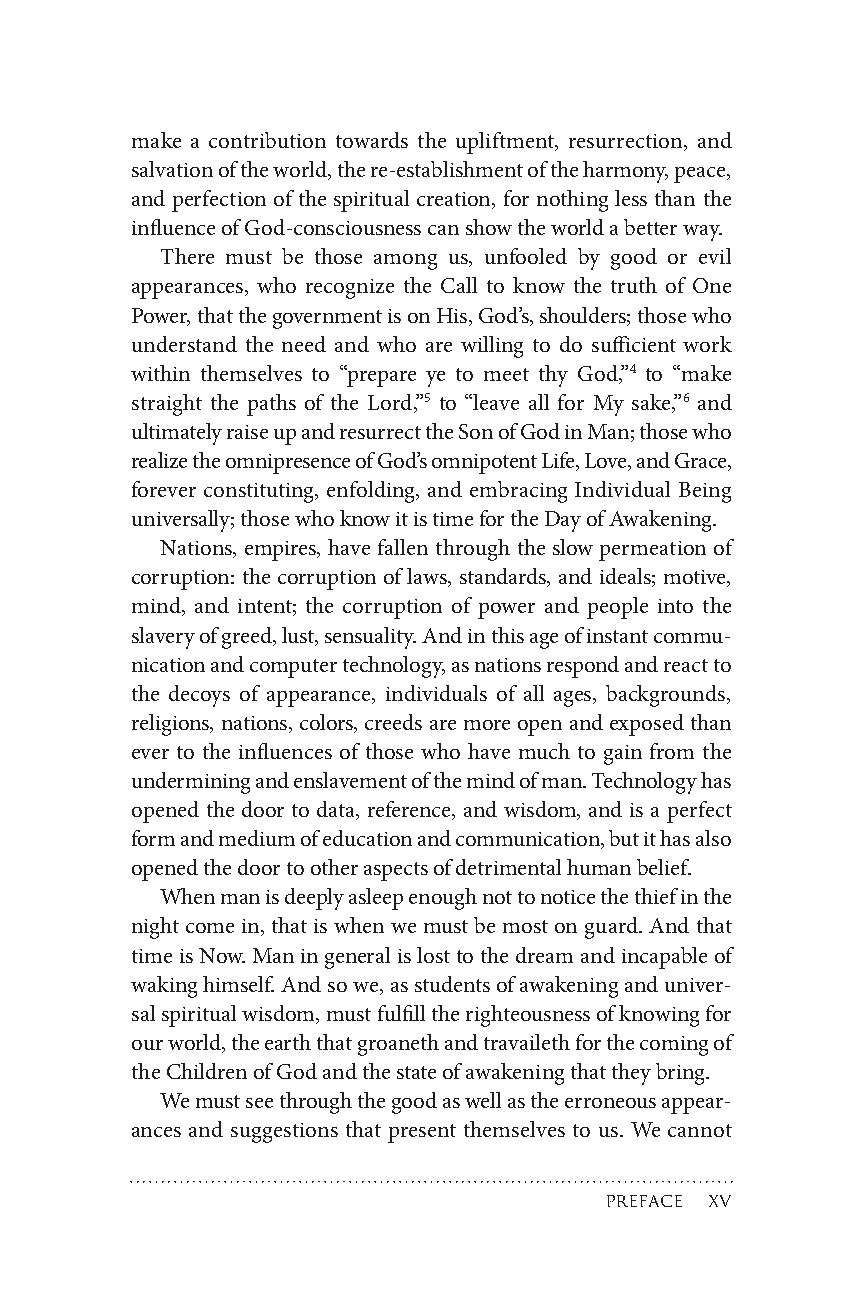
make a contribution towards the upliftment, resurrection, and
 salvationoftheworld,there-establishmentoftheharmony,peace,
 and perfection of the spiritual creation, for nothing less than the
 influenceofGod-consciousnesscanshowtheworldabetterway.
 There must be those among us, unfooled by good or evil
 appearances, who recognize the Call to know the truth of One
 Power,thatthegovernmentisonHis,God’s,shoulders;thosewho
 understand the need and who are willing to do sufficient work
 within themselves to “prepare ye to meet thy God,”4 to “make
 straight the paths of the Lord,”5 to “leave all for My sake,”6 and
 ultimatelyraiseupandresurrecttheSonofGodinMan;thosewho
 realizetheomnipresenceofGod’somnipotentLife,Love,andGrace,
 forever constituting, enfolding, and embracing Individual Being
 universally;thosewhoknowitistimefortheDayofAwakening.
 Nations, empires, have fallen through the slow permeation of
 corruption: the corruption of laws, standards, and ideals; motive,
 mind, and intent; the corruption of power and people into the
 slaveryofgreed,lust,sensuality.Andinthisageofinstantcommu-
 nicationandcomputertechnology,asnationsrespondandreactto
 the decoys of appearance, individuals of all ages, backgrounds,
 religions,nations,colors,creedsaremoreopenand exposedthan
 ever to the influences of those who have much to gain from the
 underminingandenslavementofthemindofman.Technologyhas
 opened the door to data, reference, and wisdom, and is a perfect
 formandmediumofeducationandcommunication,butithasalso
 openedthedoortootheraspectsofdetrimentalhumanbelief.
 Whenmanisdeeplyasleepenoughnottonoticethethiefinthe
 nightcomein,thatiswhenwemustbemostonguard.Andthat
 timeisNow.Maningeneralislosttothedreamandincapableof
 wakinghimself.Andsowe,asstudentsofawakeninganduniver-
 salspiritualwisdom,mustfulfilltherighteousnessofknowingfor
 ourworld,theearththatgroanethandtravailethforthecomingof
 theChildrenofGodandthestateofawakeningthattheybring.
 Wemustseethroughthegoodaswellastheerroneousappear-
 ances and suggestions that present themselves to us. We cannot
 preface x